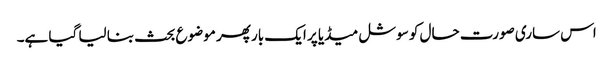
اس ساری صورت حال کو سوشل میڈیا پر ایک بار پھر موضوع بحث بنا لیا گیا ہے۔